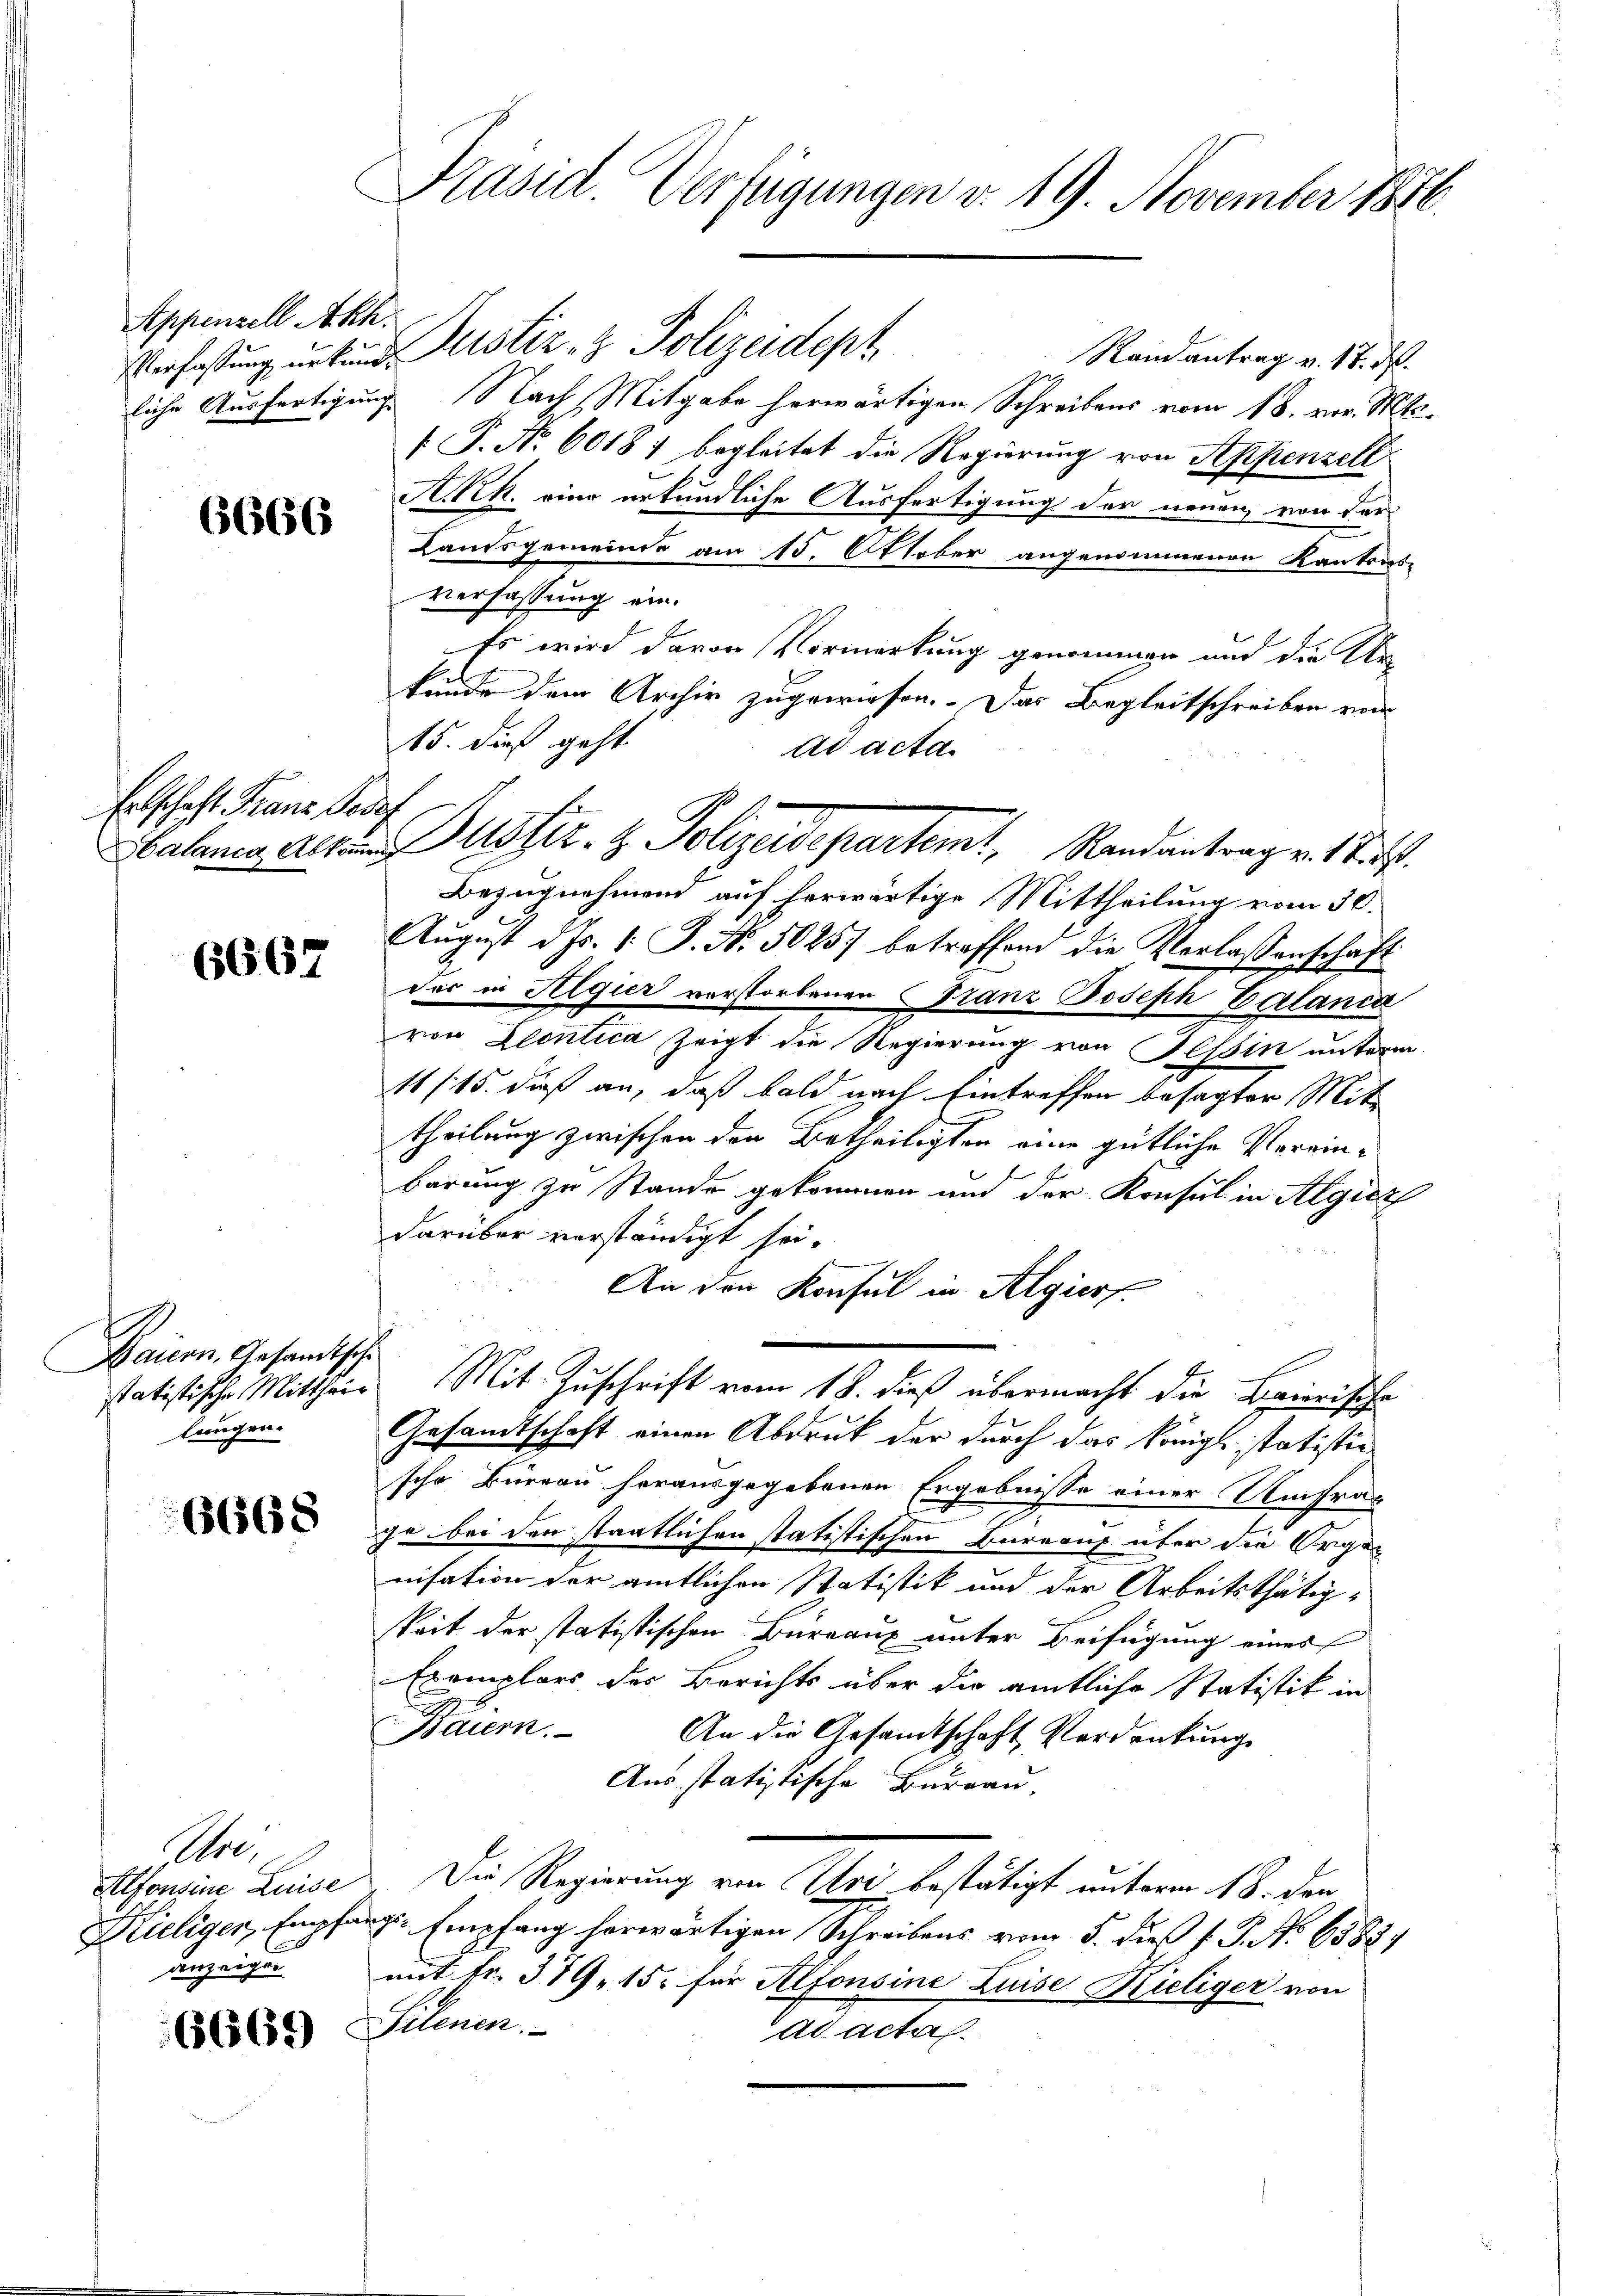
Appenzell Akt.

6666

Entschaft Franz der

6667

Baiern, Gesandtsche
statistische Mittheil
langen.

668

Stre
Alfonsine Luise
Kieliger, Empfan
anzeigen

6669

f

Präsid. Verfügungen v. 19. November 1816.

Verfaßung untend Rustiz- & Polizeidept
Randantrag v. 18. d.
liche Ausfertigung Nach Mitgabe herwärtigen Schreibens vom 18. vor. Mts.
 P. Nr. 6018; begleitet die Regierung von Appenzelt
A.Rh. eine erkundliche Ausfertigung der neuen von der
Landsgemeinde am 15. Oktober angenommenen Kantons-
verfassung ein.
Es wird davon Vormerkung genommen und die Ur-
kunde dem Archiv zugewiesen. Das Begleitschreiben vom
15. dieß geht.
7
Bezugnehmend auf herwärtige Mittheilung vom 30.
August d. Js. v. J. No. 5025) betreffend die Verlassenschaft
der in Algier verstorbenen Franz Joseph Calanca
von Elentica zeigt die Regierung von Tessin unterm
11 (15. dieß an, daß bald nach Eintreffen besagter Mit-
theilung zwischen den Betheiligten eine gütliche Verrinbarung zu Stande gekommen und der Konsul in Algier
darüber verständigt sei.
An den Konsul in Algier
Mit Zuschrift vom 18. dieß übermacht die Brierische
Gesandtschaft einen Abdruck der durch das Königl. statistie
sche Büreau herausgegebenen Ergebnisse einer Umfra-
ge bei den staatlichen statistischen Büreau über die Organ
nisation der amtlichen Statistik und der Arbeitsthätigkeit der statistischen Bureaux unter Beifügung eines
Exemplars der Berichts über die amtliche Statistik in
Baiern.
An die Gesandtschaft Verdankung
Aus statistische Bureau.
Die Regierung von Uri bestätigt unterm 18. den
. Empfang herwärtigen Schreibens vom 5. dieß P. G. No 6583/
mit fr. 389. 15. für Alfonsine Luise Kieliger von
Selenen.
ad acta.

Ad acta.
atane alten Justiz- & Polizeidepartemt, Randantrag v. Stif